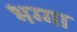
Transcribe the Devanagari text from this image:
भग्गा